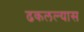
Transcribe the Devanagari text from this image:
ढकलल्यास